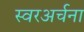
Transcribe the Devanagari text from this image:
स्वरअर्चना